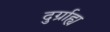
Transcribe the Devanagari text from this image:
दुर्ग्राह्य